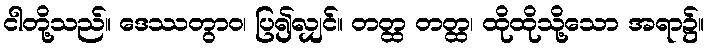
ငါတို့သည်။ ဒေဿတွာဝ၊ ပြ၍လျှင်။ တတ္ထ တတ္ထ၊ ထိုထိုသို့သော အရာ၌။